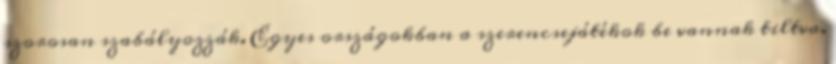
szorosan szabályozzák. Egyes országokban a szerencsejátékok be vannak tiltva.